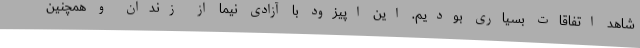
شاهد اتفاقات بسیاری بودیم. این اپیزود با آزادی نیما از زندان و همچنین